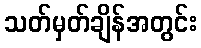
သတ်မှတ်ချိန်အတွင်း